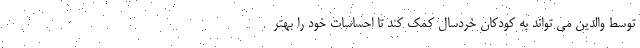
توسط والدین می تواند به کودکان خردسال کمک کند تا احساسات خود را بهتر